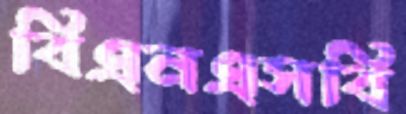
বিএনএসবি